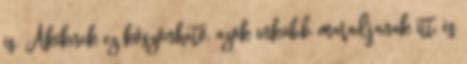
is. Akiknek ez köszönhető, azok inkább maradjanak itt, és